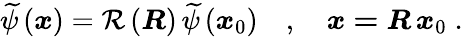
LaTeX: \begin{array}{r}{\widetilde{\psi}\left(\boldsymbol{x}\right)=\mathcal{R}\left(\boldsymbol{R}\right)\, \widetilde{\psi}\left(\boldsymbol{x}_{0}\right)\quad,\quad\boldsymbol{x=R\, x}_{0}\; .}\end{array}